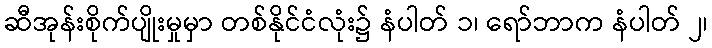
ဆီအုန်းစိုက်ပျိုးမှုမှာ တစ်နိုင်ငံလုံး၌ နံပါတ် ၁၊ ရော်ဘာက နံပါတ် ၂၊